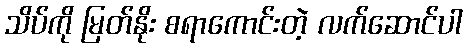
သိပ်ကို မြတ်နိုး စရာကောင်းတဲ့ လက်ဆောင်ပါ